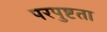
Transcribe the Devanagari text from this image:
परपुष्टता